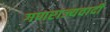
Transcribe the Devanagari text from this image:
गणराज्यवादी